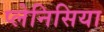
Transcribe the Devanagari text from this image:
प्लेनिसिया